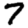
Digit: 7